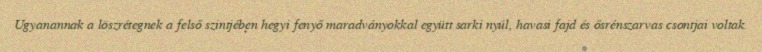
Ugyanannak a löszrétegnek a felső szintjében hegyi fenyő maradványokkal együtt sarki nyúl, havasi fajd és ősrénszarvas csontjai voltak.